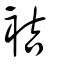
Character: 袺